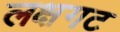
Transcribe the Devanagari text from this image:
लक्षगट